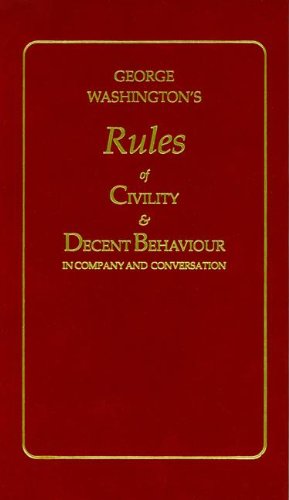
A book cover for George Washington's Rules of Civility & Decent Behavior in Company and Conversation (Little Books of Wisdom); George Washington; History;